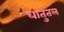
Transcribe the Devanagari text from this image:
धातुतल